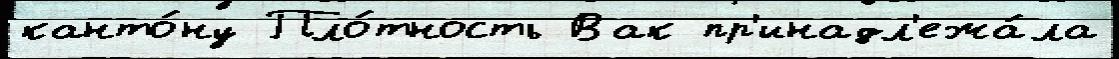
канто́ну Пло́тность Вак пр'инадл'ежа́ла